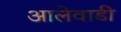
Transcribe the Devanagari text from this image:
आलेवाडी